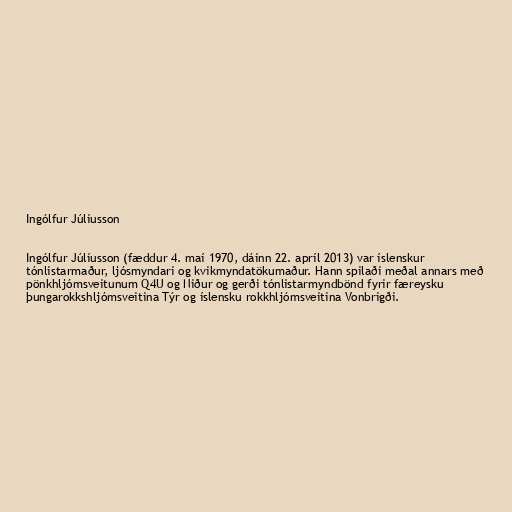
Ingólfur Júlíusson

Ingólfur Júlíusson (fæddur 4. maí 1970, dáinn 22. apríl 2013) var íslenskur
tónlistarmaður, ljósmyndari og kvikmyndatökumaður. Hann spilaði meðal annars með
pönkhljómsveitunum Q4U og Niður og gerði tónlistarmyndbönd fyrir færeysku
þungarokkshljómsveitina Týr og íslensku rokkhljómsveitina Vonbrigði.